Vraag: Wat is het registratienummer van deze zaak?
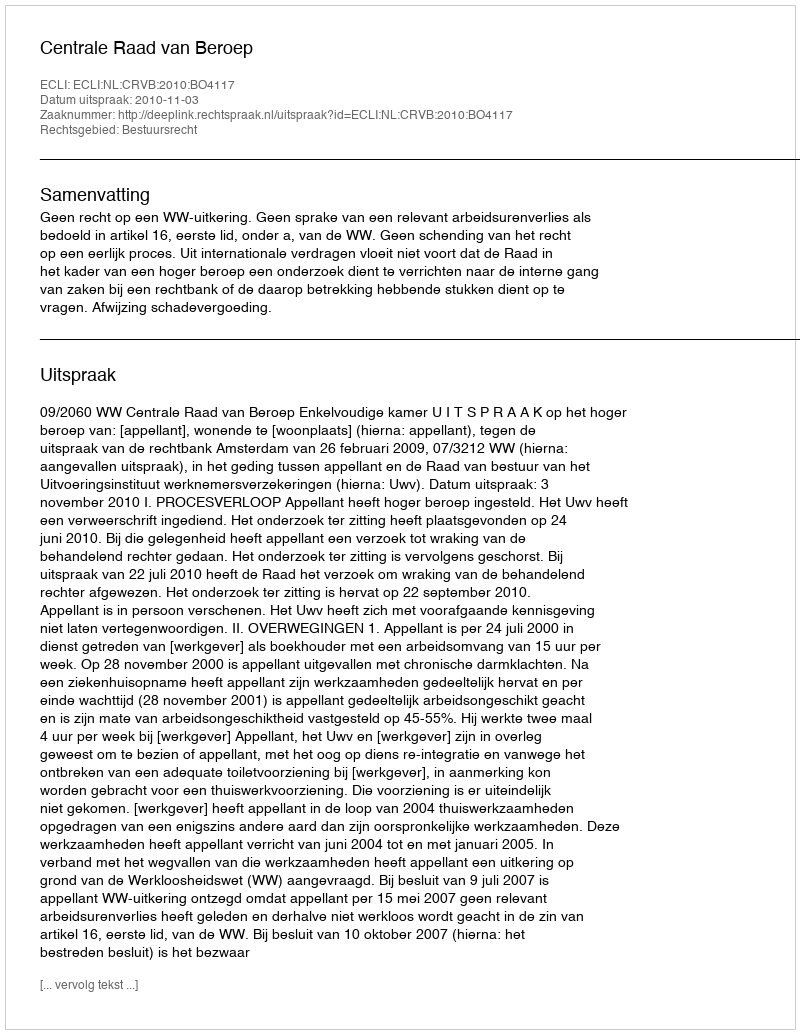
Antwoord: http://deeplink.rechtspraak.nl/uitspraak?id=ECLI:NL:CRVB:2010:BO4117